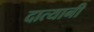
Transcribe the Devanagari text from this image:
दात्यानी